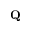
{ \bf Q }